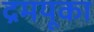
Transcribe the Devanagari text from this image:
द्रमयूका